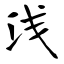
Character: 浅